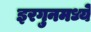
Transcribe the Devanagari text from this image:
इरगुनमध्ये